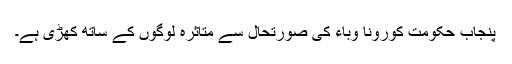
پنجاب حکومت کورونا وباء کی صورتحال سے متاثرہ لوگوں کے ساتھ کھڑی ہے۔